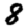
Digit: 8